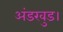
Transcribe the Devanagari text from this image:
अंडरवुड।